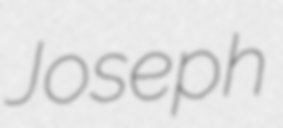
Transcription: Joseph